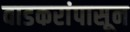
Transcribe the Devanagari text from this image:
वाडकरांपासून